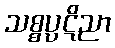
သစ္စပ္ပဋိညာ